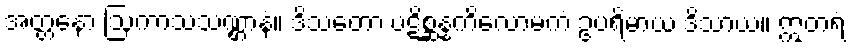
အတ္တနော ဩကာသသဏ္ဌာနံ။ ဒိသတော ပဋိစ္ဆန္နကိလောမကံ ဥပရိမာယ ဒိသာယ။ ဣတရံ